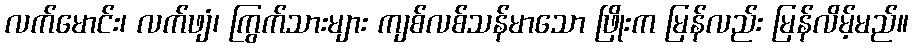
လက်မောင်း၊ လက်ဖျံ၊ ကြွက်သားများ ကျစ်လစ်သန်မာသော ဖြိုးက မြန်လည်း မြန်လိမ့်မည်။